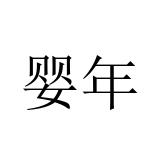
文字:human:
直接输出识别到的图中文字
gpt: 婴年